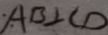
A B \bot C D